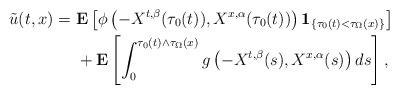
LaTeX: \begin{align*}\tilde u(t,x)=&\ \mathbf E\left[\phi\left(-X^{t,\beta}(\tau_0(t)),X^{x,\alpha}(\tau_0(t))\right)\mathbf 1_{\{\tau_0(t)<\tau_\Omega(x)\}}\right] \\ &\ +\mathbf E \left[\int_0^{\tau_0(t)\wedge \tau_\Omega(x)}g \left(-X^{t,\beta}(s),X^{x,\alpha}(s)\right)ds\right],\end{align*}